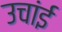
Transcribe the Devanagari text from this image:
उचांई